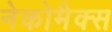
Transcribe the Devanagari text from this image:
नेकोमैक्स